system: You are a helpful assistant.
user:
Analyze the provided spectrum to determine if it is a **"Cataclysmic Variables (CV)"**.

- **Key Indicators for CV (Check for either state):**
    - **State 1: Quiescent / Low-State (Emission-Dominated)**
        - **(Primary):** Strong and *very broad* Hydrogen Balmer emission lines (e.g., $H\alpha$ at 6563 Å, $H\beta$ at 4861 Å). The 'broadness' (high velocity dispersion, often FWHM > 1000 km/s) is the key diagnostic, indicating a high-velocity accretion disk.
        - **(Secondary):** Broad neutral Helium (He I) emission lines (e.g., 5876 Å, 6678 Å).
        - **(Key Confirmation):** Presence of high-excitation *ionized* Helium (He II) emission at 4686 Å. This is a strong indicator of accretion onto a white dwarf.
        - **(Line Profile):** Emission lines may exhibit a 'double-peaked' profile, which is a classic signature of a rotating accretion disk viewed at high inclination.

    - **State 2: Outburst / High-State (Absorption-Dominated)**
        - **(Primary):** Spectrum is dominated by a bright, blue continuum (looks like a hot star).
        - **(Secondary):** The emission lines from State 1 are weak, absent, or 'filled in', and are replaced by broad, shallow *absorption* lines (primarily Balmer and He I).
        - **(Morphology):** The overall spectrum mimics a hot B/A-type star. The crucial difference is that the absorption lines are significantly broader, shallower, and more 'washed-out' (or 'smeared') than the sharp lines of a normal stellar photosphere, due to high rotational speeds and pressure broadening in the disk.

Think first, call **spectral_visualization_tool** if needed to examine features in detail, then provide your final answer. Your response must adhere to the following strict rules:
1.  **Overall Structure:** Your response must follow the format `<think>...</think> <tool_call>...</tool_call> (if a tool is used) <answer>...</answer>`.
2.  **Tool Usage Constraint:** You may only make **one** tool call per turn.
3.  **Final Answer Format:** In the `<answer>` tag, your conclusion must be inside a `\boxed{}` command (e.g., `\boxed{YES}`), followed by your justification.

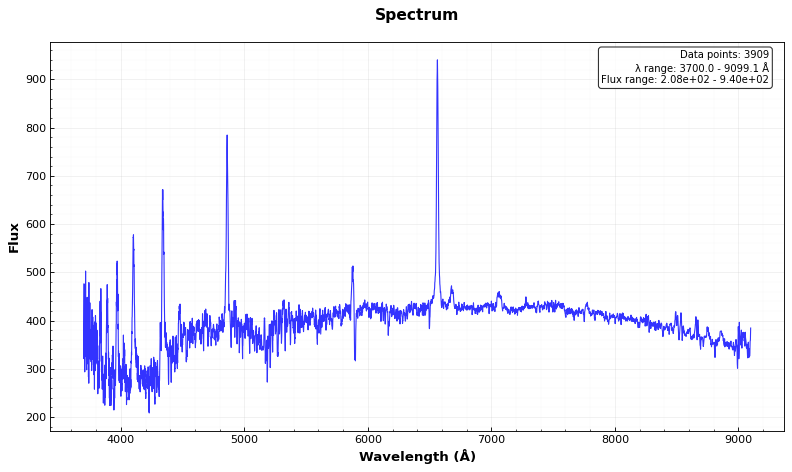
Answer: YES